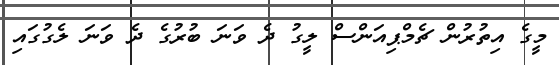
މީގެ އިތުރުން ޗެމްޕިއަންސް ލީގު ދެ ވަނަ ބުރުގެ ދެ ވަނަ ލެގުގައި